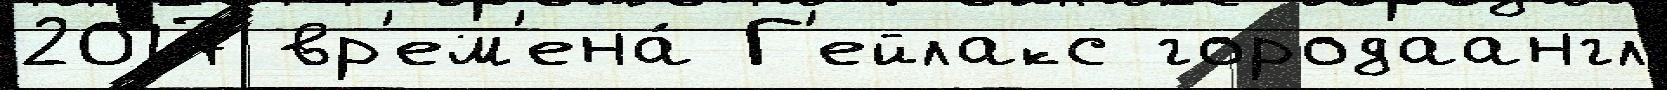
2017 вр'ем'ена́ Г'ейлакс городаангл